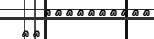
٩٢